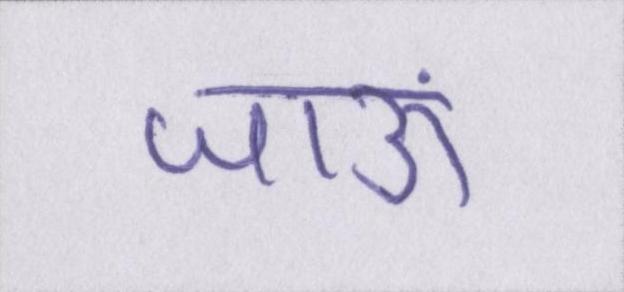
जाऊं